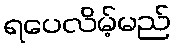
ရပေလိမ့်မည်